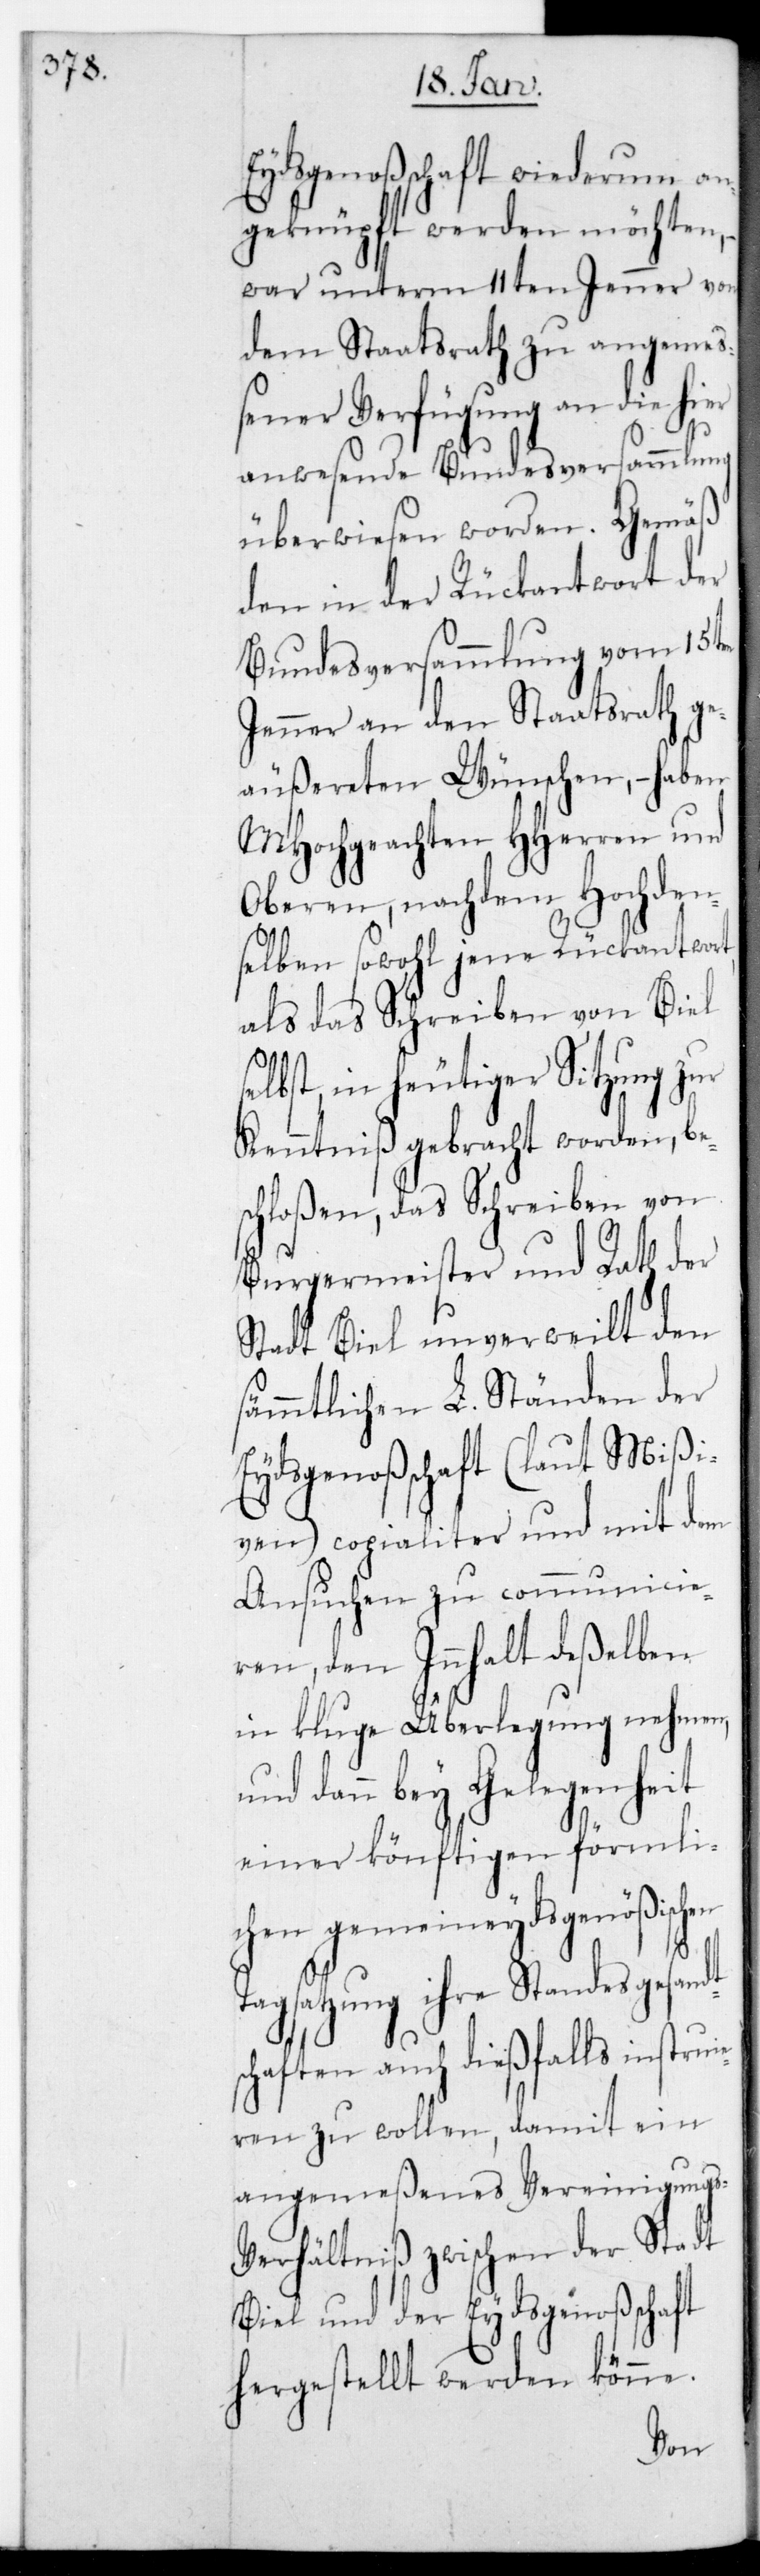
genoßenschaft wiederum an¬
geknüpft werden möchten, –
war unterm 11ten Jenner von
dem Staatsrath zu angemeß¬
ener Verfügung an die hier
dt¬
anwesende Bundesversammlung
überwiesen worden. Gemäß
den in der Rückantwort der
Bundesversammlung vom 15ten
Jenner an den Staatsrath ge¬
äußereten Wünschen, – haben
MHochgeachten HHerren und
Oberen, nachdem Hochden¬
selben sowohl jene Rückantwor¬
als das Schreiben von Biel
selbst, in heutiger Sitzung zur
Kenntniß gebracht worden, be¬
schloßen, das Schreiben von
Burgermeister und Rath der
Stadt Biel unverweilt den
sämmtlichen L. Ständen der
Eydsgenoßenschaft (laut Mißi¬
ven) copialiter und mit dem
Ansuchen zu communicie¬
ren, den Innhalt deßelben
in kluge Überlegung nehmen,
und dann bey Gelegenheit
einer könftigen förmli¬
chen gemeineydsgenößischen
Tagsatzung ihre Standesgesan¬
schaften auch dießfalls instrui¬
eren zu wollen, damit ein
angemeßenes Vereinigungs-V¬
erhältniß zwischen der Stadt
Biel und der Eydsgenoßenschaft
hergestellt werden könne.